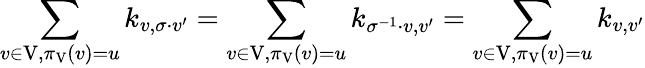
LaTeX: \sum_{v\in\mathrm{V},\pi_{\mathrm{V}}\left(v\right)=u}k_{v,\sigma\cdot v^{\prime}}=\sum_{v\in\mathrm{V},\pi_{\mathrm{V}}\left(v\right)=u}k_{\sigma^{-1}\cdot v,v^{\prime}}=\sum_{v\in\mathrm{V},\pi_{\mathrm{V}}\left(v\right)=u}k_{v,v^{\prime}}